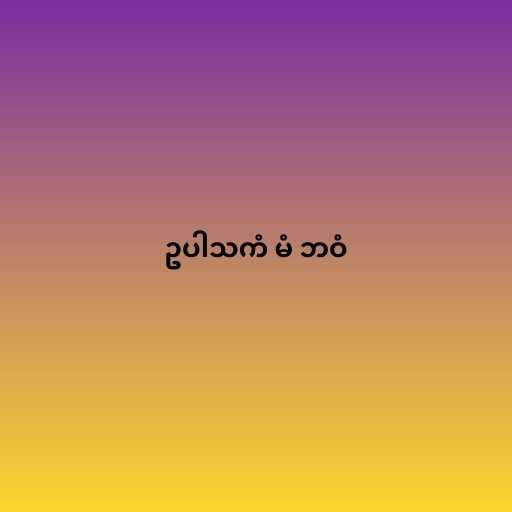
ဥပါသကံ မံ ဘဝံ